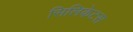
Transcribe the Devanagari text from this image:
सिलिकेटस